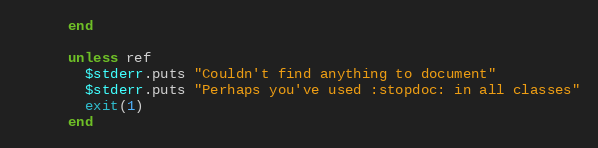
Language: Ruby
      end

      unless ref
        $stderr.puts "Couldn't find anything to document"
        $stderr.puts "Perhaps you've used :stopdoc: in all classes"
        exit(1)
      end